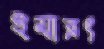
ইমারৎ